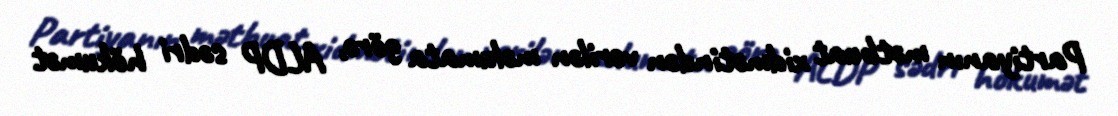
Partiyanın mətbuat xidmətindən verilən məlumata görə, ALDP sədri hökumət